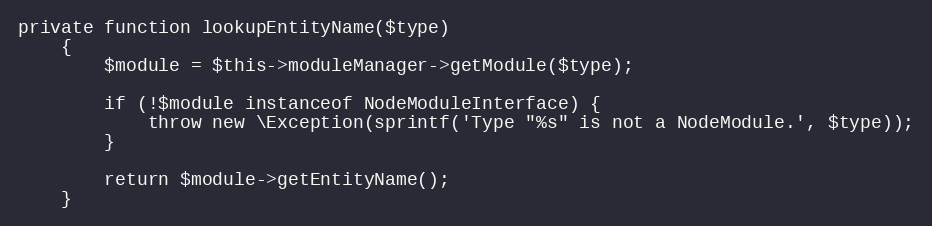
Language: PHP
private function lookupEntityName($type)
    {
        $module = $this->moduleManager->getModule($type);

        if (!$module instanceof NodeModuleInterface) {
            throw new \Exception(sprintf('Type "%s" is not a NodeModule.', $type));
        }

        return $module->getEntityName();
    }